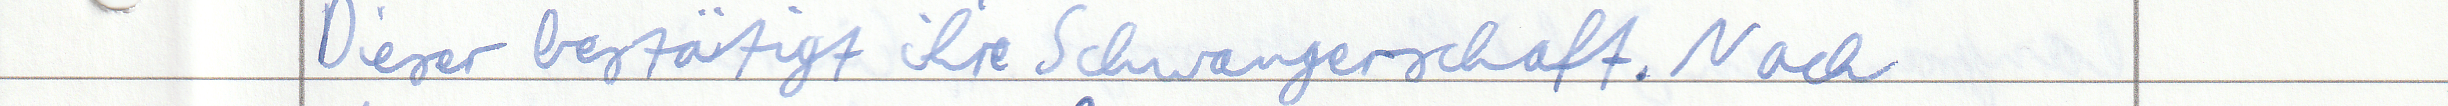
Dieser bestätigt ihre Schwangerschaft. Nach